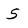
Character: 5